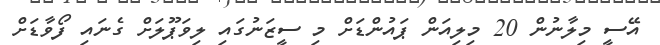
އޭސީ މިލާނުން 20 މިލިއަން ޕައުންޑަށް މި ސީޒަނުގައި ލިވަޕޫލަށް ގެނައި ފޯވާޑަށް